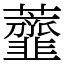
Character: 虀